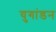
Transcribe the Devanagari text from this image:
युगांडन